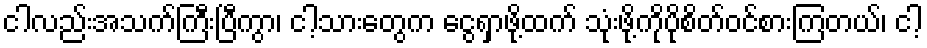
ငါလည်းအသက်ကြီးပြီကွာ၊ ငါ့သားတွေက ငွေရှာဖို့ထက် သုံးဖို့ကိုပိုစိတ်ဝင်စားကြတယ်၊ ငါ့